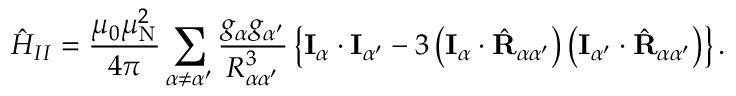
{ \hat { H } } _ { I I } = { \frac { \mu _ { 0 } \mu _ { \mathrm { N } } ^ { 2 } } { 4 \pi } } \sum _ { \alpha \neq \alpha ^ { \prime } } { \frac { g _ { \alpha } g _ { \alpha ^ { \prime } } } { R _ { \alpha \alpha ^ { \prime } } ^ { 3 } } } \left\{ \mathbf { I } _ { \alpha } \cdot \mathbf { I } _ { \alpha ^ { \prime } } - 3 \left( \mathbf { I } _ { \alpha } \cdot { \hat { \mathbf { R } } } _ { \alpha \alpha ^ { \prime } } \right) \left( \mathbf { I } _ { \alpha ^ { \prime } } \cdot { \hat { \mathbf { R } } } _ { \alpha \alpha ^ { \prime } } \right) \right\} .